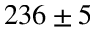
2 3 6 \pm 5